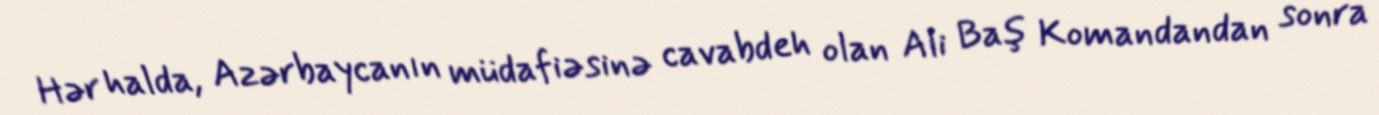
Hər halda, Azərbaycanın müdafiəsinə cavabdeh olan Ali Baş Komandandan sonra